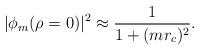
LaTeX: \begin{align*}|\phi_{m}(\rho =0)|^2 \approx \frac{1}{1+(m r_c)^2}.\end{align*}